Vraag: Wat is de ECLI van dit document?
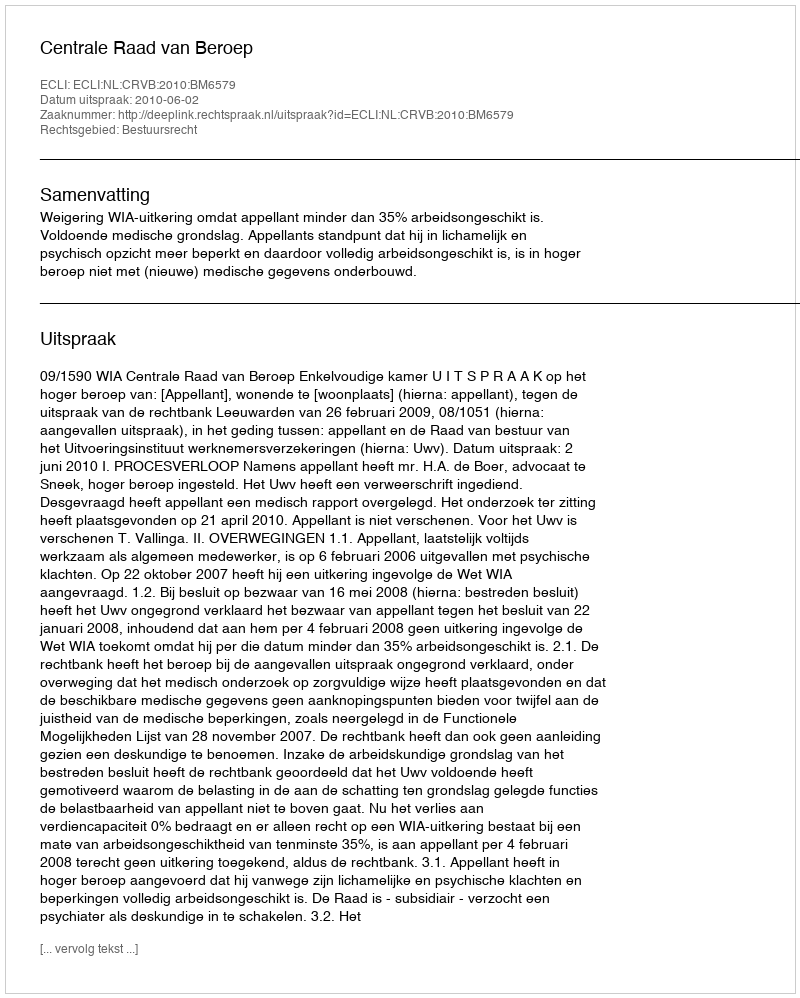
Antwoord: ECLI:NL:CRVB:2010:BM6579